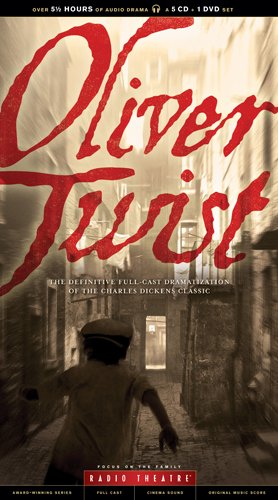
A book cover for Oliver Twist (Radio Theatre); Christian Books & Bibles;